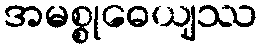
အမစ္စုဓေယျဿ